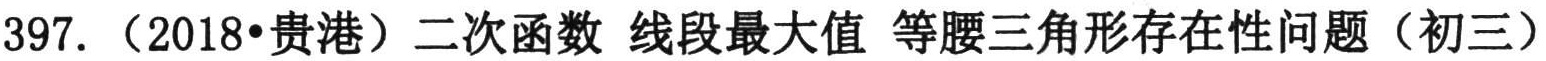
397. （2018•贵港）二次函数 线段最大值 等腰三角形存在性问题（初三）